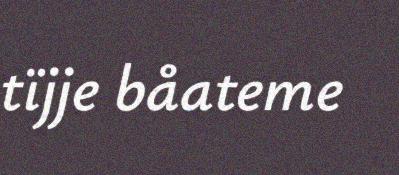
tïjje båateme